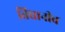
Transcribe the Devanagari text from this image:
तिघानीच